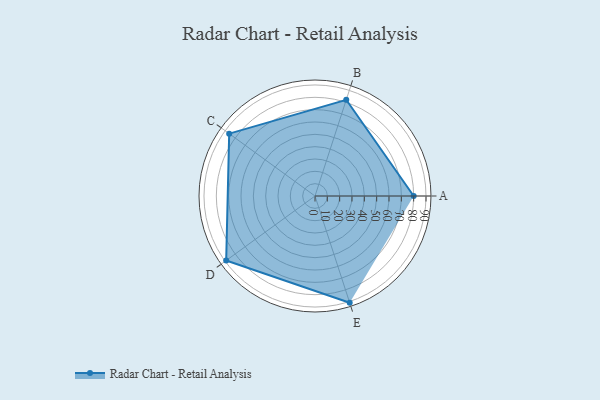
{"axis": {"x": "Skill", "y": "Score"}, "legend": ["Profile"], "data": [{"x": "A", "y": 80.0, "type": "Profile"}, {"x": "B", "y": 82.0, "type": "Profile"}, {"x": "C", "y": 86.0, "type": "Profile"}, {"x": "D", "y": 89.0, "type": "Profile"}, {"x": "E", "y": 91.0, "type": "Profile"}]}